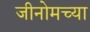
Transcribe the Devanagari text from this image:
जीनोमच्या